Epidemic dropsy in Calcutta - Number 49
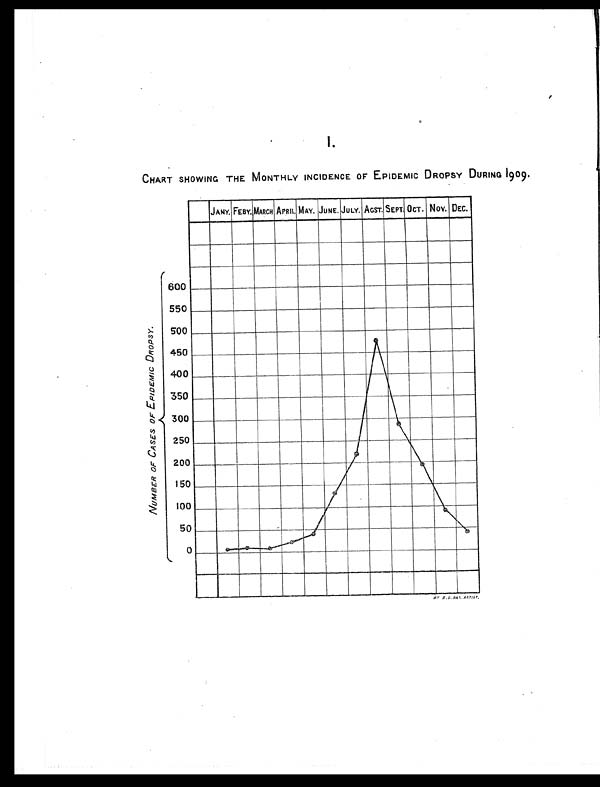
CHART SHOWING THE MONTHLY INCIDENCE OF EPIDEMIC DROPSY DURING 1909.
NUMBER OF CASES OF EPIDEMIC DROPSY.
B y B . L . D A S . A R T I S T .